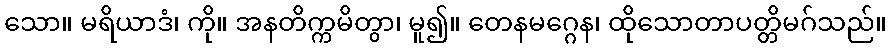
သော။ မရိယာဒံ၊ ကို။ အနတိက္ကမိတွာ၊ မူ၍။ တေနမဂ္ဂေန၊ ထိုသောတာပတ္တိမဂ်သည်။